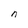
Character: n